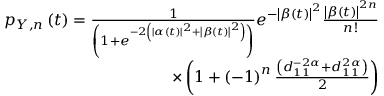
\begin{array} { r } { p _ { Y , n } \left( t \right) = \frac { 1 } { \left( 1 + e ^ { - 2 \left( \left| \alpha \left( t \right) \right| ^ { 2 } + \left| \beta \left( t \right) \right| ^ { 2 } \right) } \right) } e ^ { - \left| \beta \left( t \right) \right| ^ { 2 } } \frac { \left| \beta \left( t \right) \right| ^ { 2 n } } { n ! } } \\ { \times \left( 1 + \left( - 1 \right) ^ { n } \frac { \left( d _ { 1 1 } ^ { - 2 \alpha } + d _ { 1 1 } ^ { 2 \alpha } \right) } { 2 } \right) } \end{array}